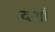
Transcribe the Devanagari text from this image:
दशाँ